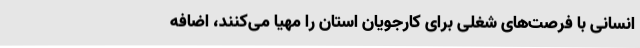
انسانی با فرصت‌های شغلی برای کارجویان استان را مهیا می‌کنند، اضافه